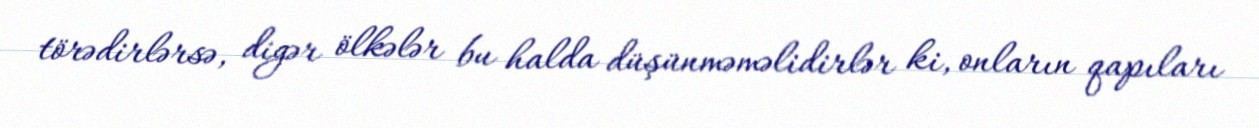
törədirlərsə, digər ölkələr bu halda düşünməməlidirlər ki, onların qapıları